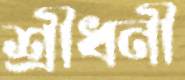
শ্রীধনী